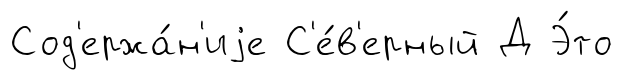
Сод'ержа́н'иjе С'е́в'ерный Д Э́то